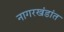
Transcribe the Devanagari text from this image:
नागरखंडांत